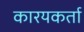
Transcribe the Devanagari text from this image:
कारयकर्ता